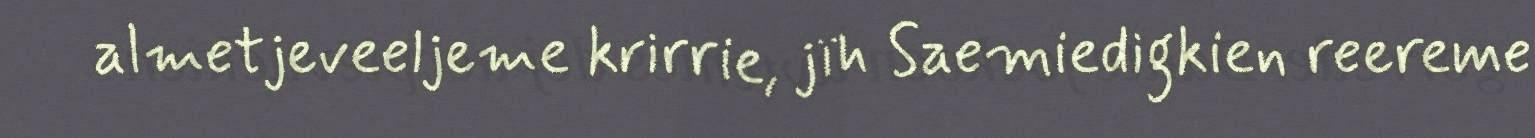
almetjeveeljeme krirrie, jïh Saemiedigkien reereme